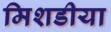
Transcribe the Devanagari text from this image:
मिशडीया